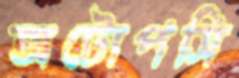
অটোপসি